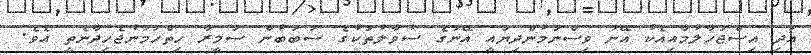
އަދި އިސްޖަހާލުމާއިއެކު އޭނަ ވިސްނަމުންދިޔައީ އޭނަގެ ސުވާލުތަކުގެ ސަބަބުން ސަމީރާ ހިތްހަމަނުޖެހިދާނެތީ އެވެ.